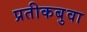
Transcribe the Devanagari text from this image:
प्रतीकबुवा